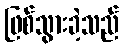
ဖြစ်သွားခဲ့သည်